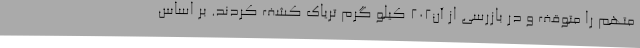
متهم را متوقف و در بازرسی از آن202 کیلو گرم تریاک کشف کردند. بر اساس